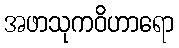
အဖာသုကဝိဟာရော